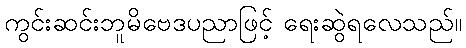
ကွင်းဆင်းဘူမိဗေဒပညာဖြင့် ရေးဆွဲရလေသည်။